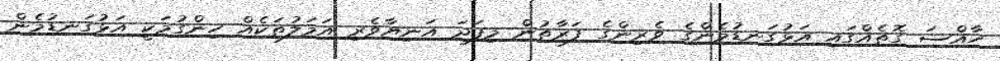
ހާއްސަ ގޮތެއްގައި އަޅުގަނޑުމެންގެ ވެރިންގެ ފަރާތުން މިފަދަ އަނިޔާވެރި އަމަލުތަކެއް ހިންގުމަކީ އަޅުގަނޑުމެން